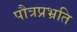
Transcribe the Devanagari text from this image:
पौत्रप्रभ्रति